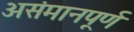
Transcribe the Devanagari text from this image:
असंमानपूर्ण